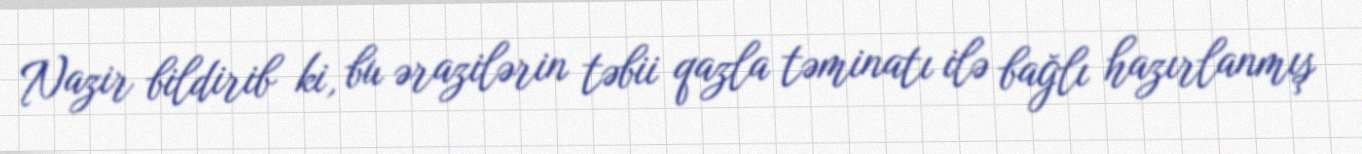
Nazir bildirib ki, bu ərazilərin təbii qazla təminatı ilə bağlı hazırlanmış